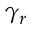
\gamma _ { r }